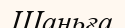
Шаньға